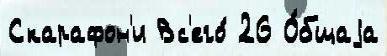
Скарафон'и Вс'его́ 26 О́бщаjа